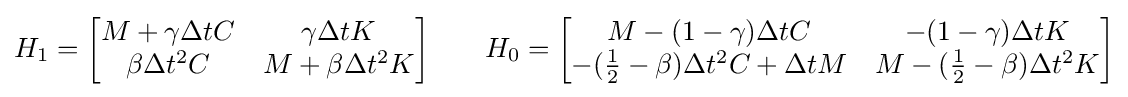
{\begin{aligned}H_{1}={\begin{bmatrix}M+\gamma \Delta tC&\gamma \Delta tK\\\beta \Delta t^{2}C&M+\beta \Delta t^{2}K\end{bmatrix}}\qquad H_{0}={\begin{bmatrix}M-(1-\gamma )\Delta tC&-(1-\gamma )\Delta tK\\-({\frac {1}{2}}-\beta )\Delta t^{2}C+\Delta tM&M-({\frac {1}{2}}-\beta )\Delta t^{2}K\end{bmatrix}}\end{aligned}}